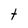
Character: t